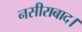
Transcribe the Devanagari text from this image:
नसीराबाद।